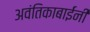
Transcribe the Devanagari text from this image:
अवंतिकाबाईंनी